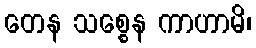
တေန သစ္စေန ကာဟာမိ၊